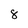
Character: 8